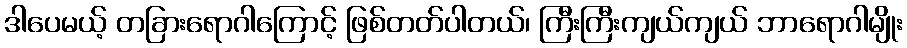
ဒါပေမယ့် တခြားရောဂါကြောင့် ဖြစ်တတ်ပါတယ်၊ ကြီးကြီးကျယ်ကျယ် ဘာရောဂါမျိုး